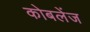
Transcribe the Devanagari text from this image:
कोबलेंज